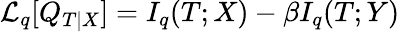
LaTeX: \mathcal{L}_{q}[Q_{T|X}]=I_{q}(T;X)-\beta I_{q}(T;Y)